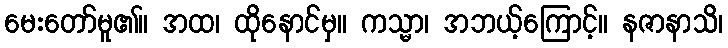
မေးတော်မူ၏။ အထ၊ ထိုနောင်မှ။ ကသ္မာ၊ အဘယ့်ကြောင့်။ နဇာနာသိ၊